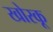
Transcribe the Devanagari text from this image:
खोरकू